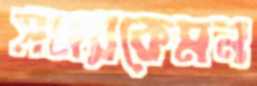
সময়কেমন